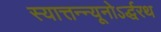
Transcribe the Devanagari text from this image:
स्यात्तन्न्यूनोऽर्द्धरथ